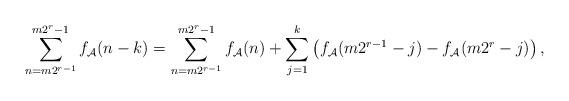
LaTeX: \begin{align*} \sum_{n=m2^{r-1}}^{m2^r-1}f_\mathcal{A}(n-k)=\sum_{n=m2^{r-1}}^{m2^r-1}f_{\mathcal{A}}(n)+\sum_{j=1}^k\left(f_{\mathcal{A}}(m2^{r-1}-j)-f_\mathcal{A}(m2^r-j)\right),\end{align*}